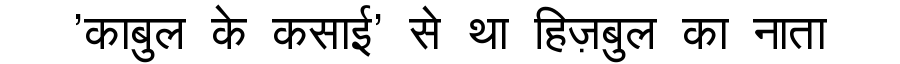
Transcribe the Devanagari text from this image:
'काबुल के कसाई' से था हिज़बुल का नाता